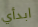
ابدأي